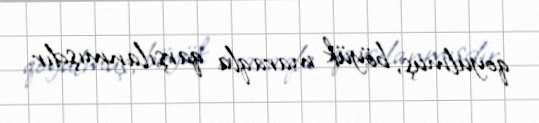
qoyulmuş, böyük maraqla qarşılanmışdır.